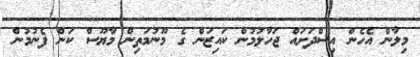
މިލާން އެހެން އިސްދަށައް ޖަހާލުމުން ކައިޒަން ގެ މޫނުމަތިން މާޔޫސް ކަން ފެނުމުން